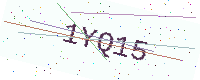
Text: 1YQ15